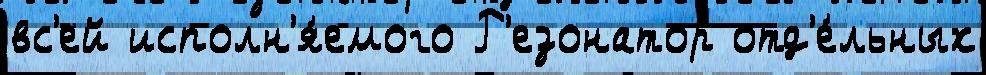
вс'ей исполн'я́емого Р'езонатор отд'е́льных